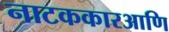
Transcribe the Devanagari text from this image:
नाटककारआणि